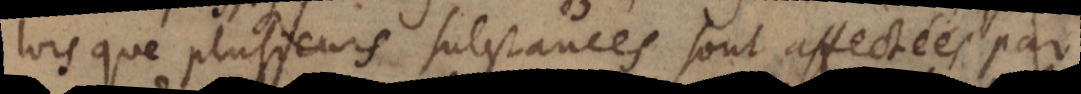
lorsque plusieurs substances sont affectées par